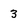
Character: 3